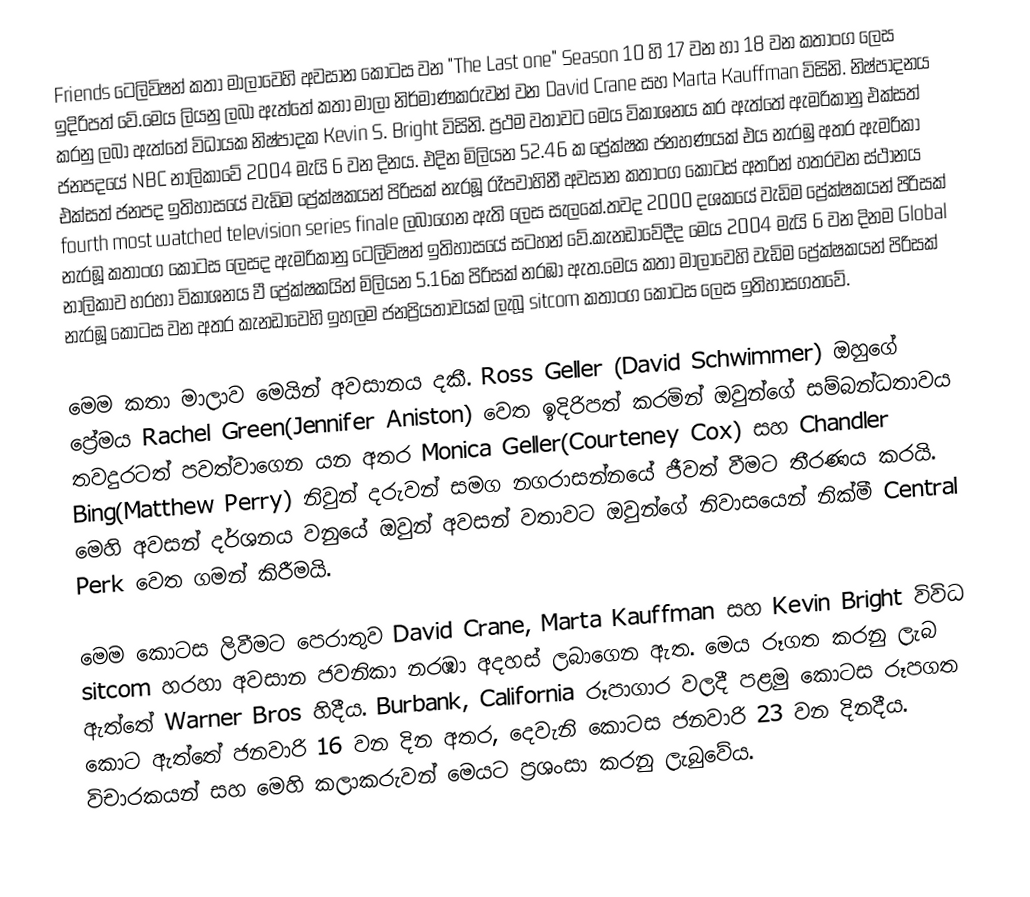
Friends ටෙලිවිෂන් කතා මාලාවෙහි අවසාන කොටස වන "The Last one" Season 10 හි 17 වන හා 18 වන කතාංග ලෙස ඉදිරිපත් වේ.මෙය  ලියනු ලබා ඇත්තේ කතා මාලා නිර්මාණකරුවන් වන             David Crane සහ Marta Kauffman විසිනි. නිෂ්පාදනය කරනු ලබා ඇත්තේ විධායක නිෂ්පාදක  Kevin S. Bright විසිනි. ප්‍රථම වතාවට මෙය විකාශනය කර ඇත්තේ ඇමරිකානු එක්සත් ජනපදයේ  NBC නාලිකාවේ 2004 මැයි 6 වන දිනය. එදින මිලියන 52.46 ක ප්‍රේක්ෂක ජනහණයක් එය නැරඹු අතර  ඇමරිකා එක්සත් ජනපද ඉතිහාසයේ වැඩිම ප්‍රේක්ෂකයන් පිරිසක් නැරඹූ රෑපවාහිනී අවසාන කතාංග කොටස් අතරින් හතරවන ස්ථානය  fourth most watched television series finale ලබාගෙන ඇති ලෙස සැලකේ.තවද 2000 දශකයේ වැඩිම ප්‍රේක්ෂකයන් පිරිසක් නැරඹූ කතාංග කොටස ලෙසද ඇමරිකානු ටෙලිවිෂන් ඉතිහාසයේ සටහන් වේ.කැනඩාවේදීද මෙය 2004 මැයි 6 වන දිනම Global නාලිකාව හරහා විකාශනය වී ප්‍රේක්ෂකයින් මිලියන 5.16ක පිරිසක් නරඹා ඇත.මෙය කතා මාලාවෙහි වැඩිම ප්‍රේක්ෂකයන් පිරිසක් නැරඹූ කොටස වන අතර කැනඩාවෙහි ඉහලම ජනප්‍රියතාවයක් ලැබූ sitcom කතාංග කොටස ලෙස ඉතිහාසගතවේ.

මෙම කතා මාලාව මෙයින් අවසානය දකී. Ross Geller (David Schwimmer) ඔහුගේ ප්‍රේමය  Rachel Green(Jennifer Aniston) වෙත ඉදිරිපත් කරමින් ඔවුන්ගේ සම්බන්ධතාවය තවදුරටත් පවත්වාගෙන යන අතර Monica Geller(Courteney Cox) සහ   Chandler Bing(Matthew Perry) නිවුන් දරුවන් සමග නගරාසන්නයේ ජීවත් වීමට තීරණය කරයි. මෙහි අවසන් දර්ශනය වනුයේ ඔවුන් අවසන් වතාවට ඔවුන්ගේ නිවාසයෙන් නික්මී Central Perk වෙත ගමන් කිරීමයි.

මෙම කොටස ලිවීමට පෙරාතුව  David Crane, Marta  Kauffman සහ Kevin Bright විවිධ sitcom හරහා අවසාන ජවනිකා නරඹා අදහස් ලබාගෙන ඇත. මෙය රූගත කරනු ලැබ  ඇත්තේ Warner Bros හිදීය. Burbank, California රූපාගාර වලදී පළමු කොටස රූපගත කොට ඇත්තේ ජනවාරි 16 වන දින අතර, දෙවැනි කොටස ජනවාරි 23 වන දිනදීය. විචාරකයන් සහ මෙහි කලාකරුවන් මෙයට ප්‍රශංසා කරනු ලැබුවේය.